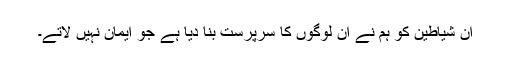
ان شیاطین کو ہم نے ان لوگوں کا سرپرست بنا دیا ہے جو ایمان نہیں لاتے۔